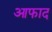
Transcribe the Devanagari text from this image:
आफाद